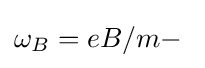
\omega _{B}=eB/m-\